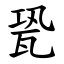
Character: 㼦